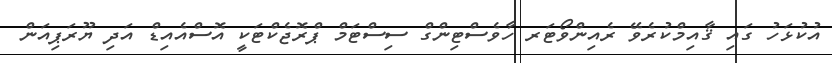
އުކުޅަހު ގައި ޤާއިމްކުރެވޭ ރެއިންވޯޓަރ ހާވެސްޓިންގް ސިސްޓަމް ޕްރޮޖެކްޓަކީ އޮސްއެއިޑް އަދި ޔޫރަޕިއަން